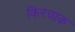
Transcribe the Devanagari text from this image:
किरचाक